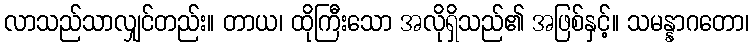
လာသည်သာလျှင်တည်း။ တာယ၊ ထိုကြီးသော အလိုရှိသည်၏ အဖြစ်နှင့်။ သမန္နာဂတော၊